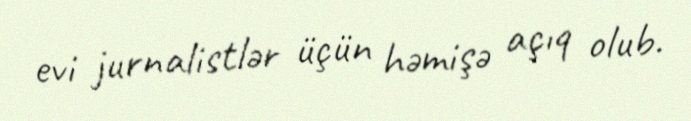
evi jurnalistlər üçün həmişə açıq olub.